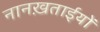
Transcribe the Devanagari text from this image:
नानख़ताईयों